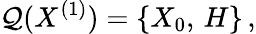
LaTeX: {\cal Q}(X^{(1)})=\left\{ X_{0},\, H\right\} \, ,